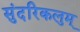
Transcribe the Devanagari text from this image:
सुंदरिकलुम्